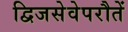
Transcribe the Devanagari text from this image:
द्विजसेवेपरौतें